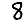
Digit: 8